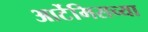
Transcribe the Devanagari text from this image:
आर्टेमिसच्या